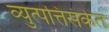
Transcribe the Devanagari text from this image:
व्युत्पत्तिसंकेत